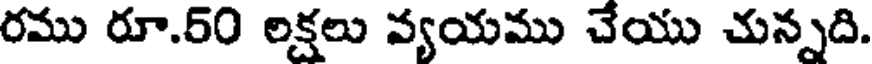
రము రూ.50 లక్షలు వ్యయము చేయు చున్నది.